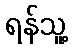
ရန်သူ့